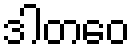
ဒါတဝေ